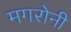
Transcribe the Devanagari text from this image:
मगरोनी